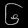
Digit: ၆